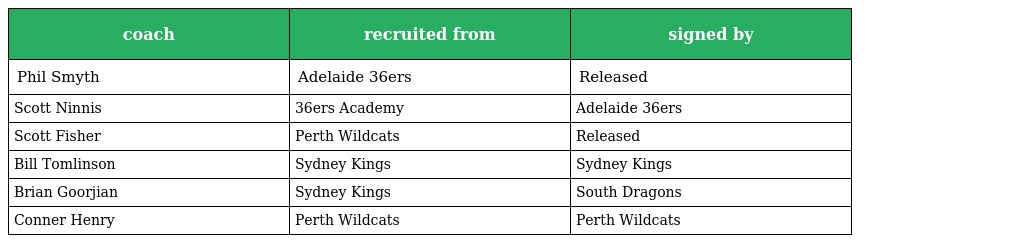
| coach | recruited from | signed by |
 | --- | --- | --- |
 | Phil Smyth | Adelaide 36ers | Released |
 | Scott Ninnis | 36ers Academy | Adelaide 36ers |
 | Scott Fisher | Perth Wildcats | Released |
 | Bill Tomlinson | Sydney Kings | Sydney Kings |
 | Brian Goorjian | Sydney Kings | South Dragons |
 | Conner Henry | Perth Wildcats | Perth Wildcats |